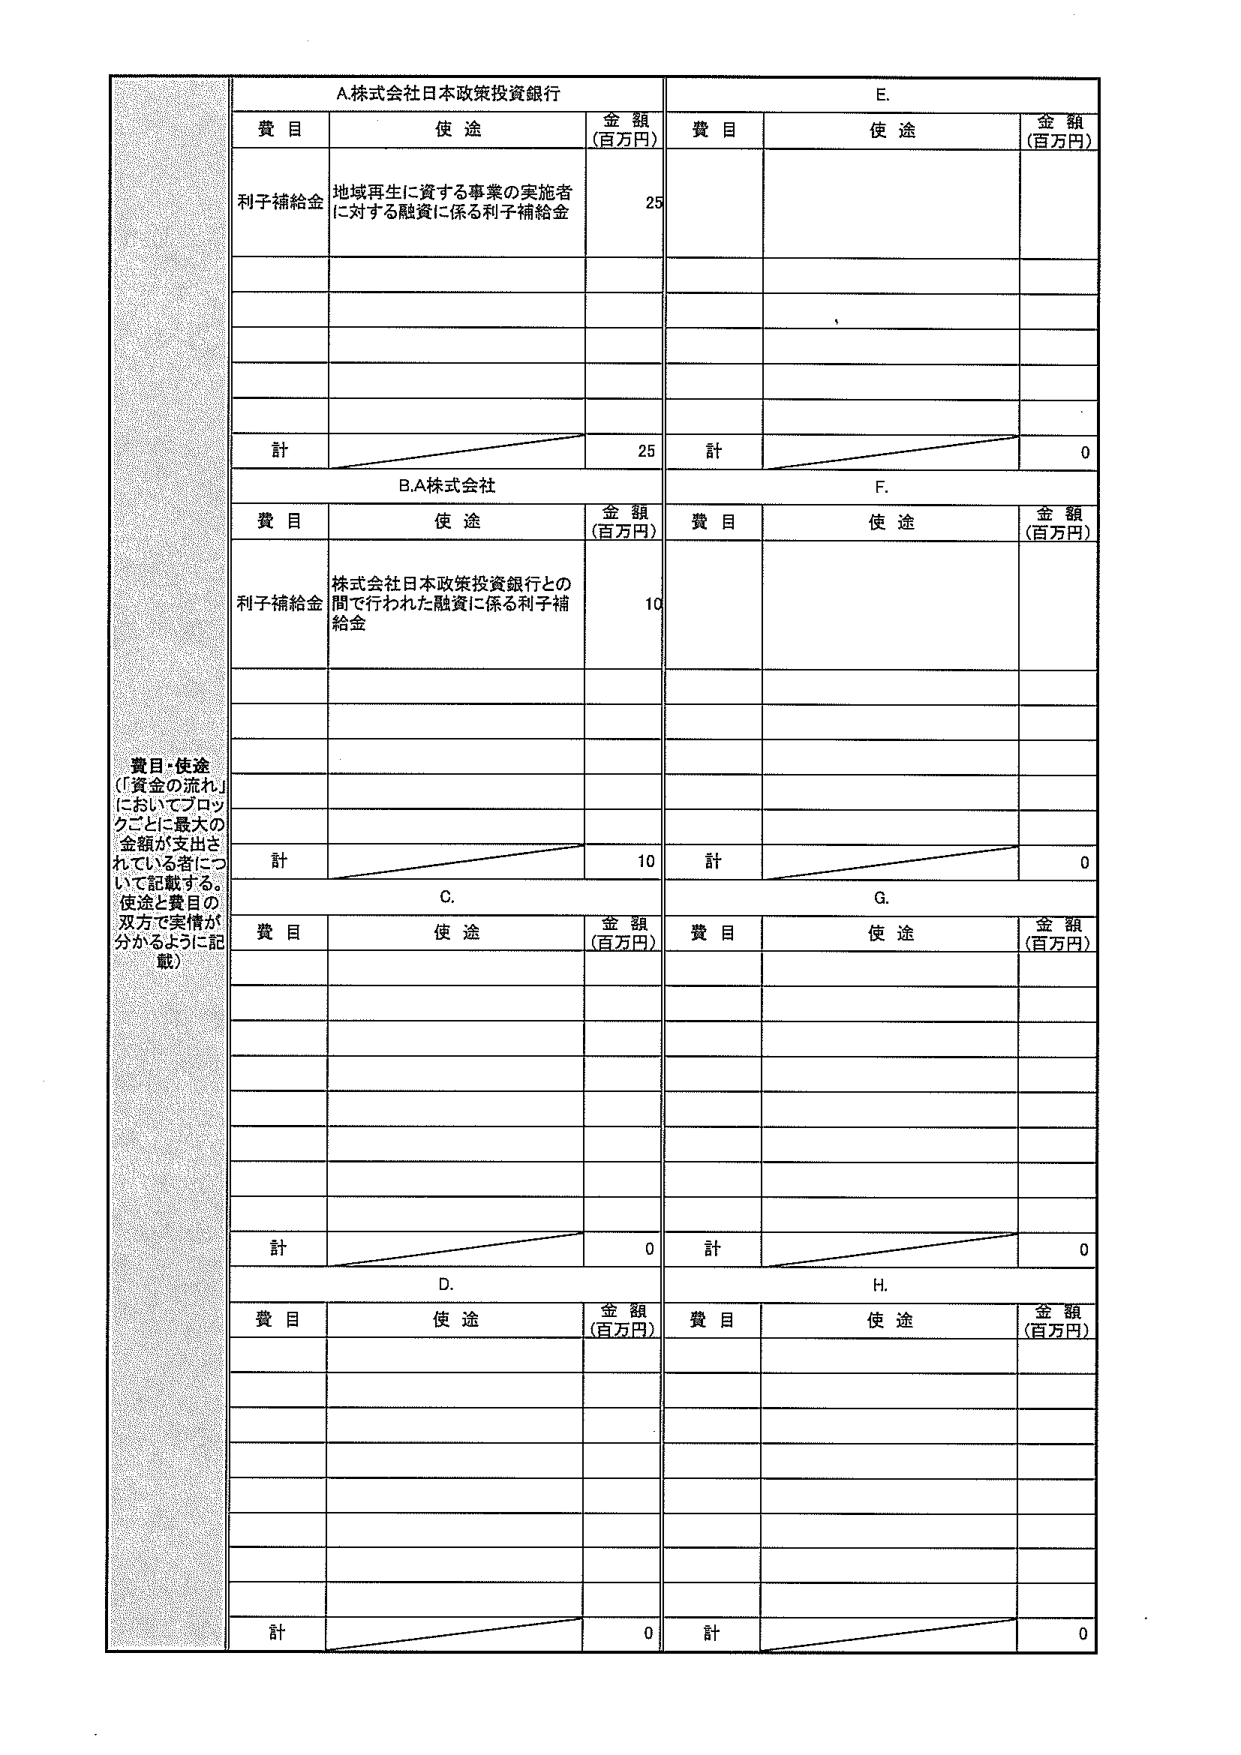
A.株式会社日本政策投資銀行
費目 使途 金額（百万円）
利子補給金 地域再生に資する事業の実施者に対する融資に係る利子補給金 25
計 25

B.A株式会社
費目 使途 金額（百万円）
利子補給金 株式会社日本政策投資銀行との間で行われた融資に係る利子補給金 10
計 10

C.
費目 使途 金額（百万円）
計 0

D.
費目 使途 金額（百万円）
計 0

E.
費目 使途 金額（百万円）
計 0

F.
費目 使途 金額（百万円）
計 0

G.
費目 使途 金額（百万円）
計 0

H.
費目 使途 金額（百万円）
計 0

費目・使途
（「資金の流れ」においてブロックごとに最大の金額が支出されている者について記載する。使途と費目の双方で実情が分かるように記載）